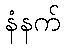
နံနက်